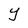
Character: Y